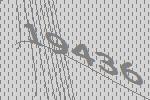
19436